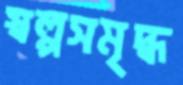
স্বল্পসমৃদ্ধ